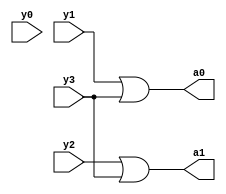
module encoder4to2(y3,y2,y1,y0,a1,a0);
  input y3,y2,y1,y0;
  output a1,a0;
 assign a0=y1|y3;
 assign a1=y2|y3;
endmodule